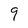
Character: 9